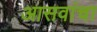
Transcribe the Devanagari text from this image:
आसवांचा